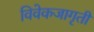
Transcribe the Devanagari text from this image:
विवेकजागृती